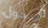
تتحول